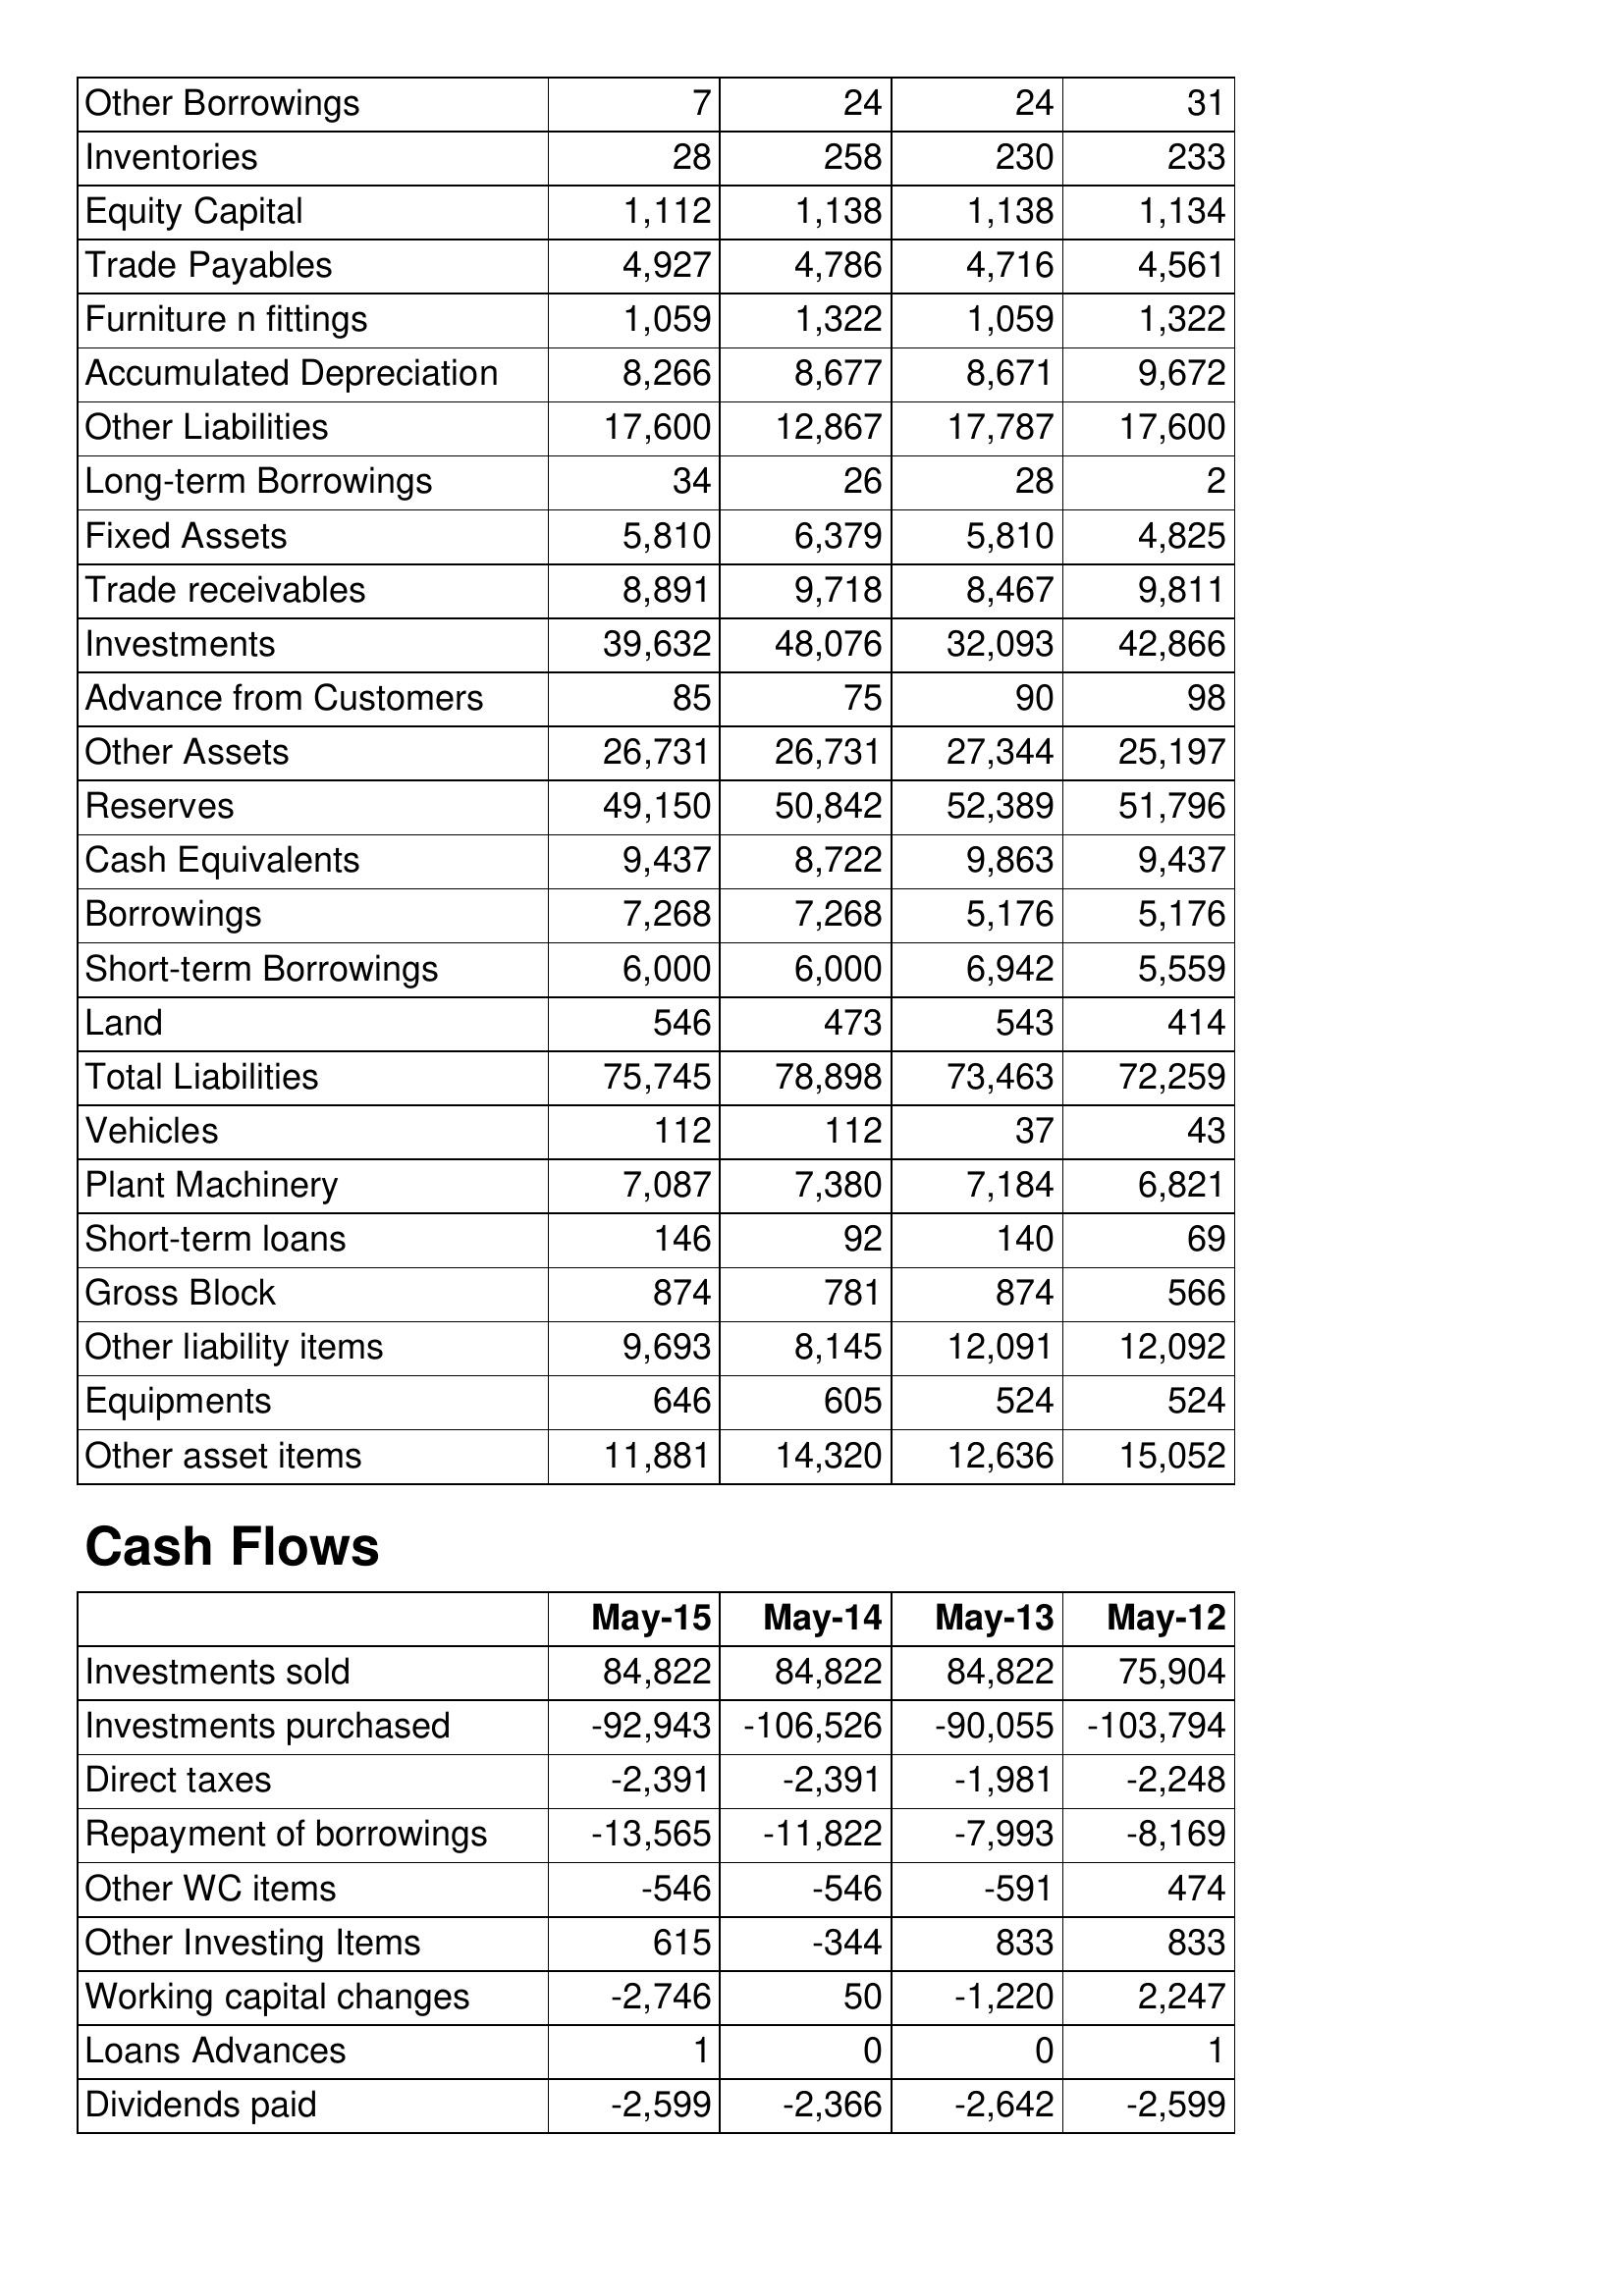
May-15: Balance Sheet: Other Borrowings: 7
Inventories: 28
Equity Capital: 1,112
Trade Payables: 4,927
Furniture n fittings: 1,059
Accumulated Depreciation: 8,266
Other Liabilities: 17,600
Long-term Borrowings: 34
Fixed Assets: 5,810
Trade receivables: 8,891
Investments: 39,632
Advance from Customers: 85
Other Assets: 26,731
Reserves: 49,150
Cash Equivalents: 9,437
Borrowings: 7,268
Short-term Borrowings: 6,000
Land: 546
Total Liabilities: 75,745
Vehicles: 112
Plant Machinery: 7,087
Short-term loans: 146
Gross Block: 874
Other liability items: 9,693
Equipments: 646
Other asset items: 11,881
Cash Flows: Investments sold: 84,822
Investments purchased: -92,943
Direct taxes: -2,391
Repayment of borrowings: -13,565
Other WC items: -546
Other Investing Items: 615
Working capital changes: -2,746
Loans Advances: 1
Dividends paid: -2,599
May-14: Balance Sheet: Other Borrowings: 24
Inventories: 258
Equity Capital: 1,138
Trade Payables: 4,786
Furniture n fittings: 1,322
Accumulated Depreciation: 8,677
Other Liabilities: 12,867
Long-term Borrowings: 26
Fixed Assets: 6,379
Trade receivables: 9,718
Investments: 48,076
Advance from Customers: 75
Other Assets: 26,731
Reserves: 50,842
Cash Equivalents: 8,722
Borrowings: 7,268
Short-term Borrowings: 6,000
Land: 473
Total Liabilities: 78,898
Vehicles: 112
Plant Machinery: 7,380
Short-term loans: 92
Gross Block: 781
Other liability items: 8,145
Equipments: 605
Other asset items: 14,320
Cash Flows: Investments sold: 84,822
Investments purchased: -106,526
Direct taxes: -2,391
Repayment of borrowings: -11,822
Other WC items: -546
Other Investing Items: -344
Working capital changes: 50
Loans Advances: 0
Dividends paid: -2,366
May-13: Balance Sheet: Other Borrowings: 24
Inventories: 230
Equity Capital: 1,138
Trade Payables: 4,716
Furniture n fittings: 1,059
Accumulated Depreciation: 8,671
Other Liabilities: 17,787
Long-term Borrowings: 28
Fixed Assets: 5,810
Trade receivables: 8,467
Investments: 32,093
Advance from Customers: 90
Other Assets: 27,344
Reserves: 52,389
Cash Equivalents: 9,863
Borrowings: 5,176
Short-term Borrowings: 6,942
Land: 543
Total Liabilities: 73,463
Vehicles: 37
Plant Machinery: 7,184
Short-term loans: 140
Gross Block: 874
Other liability items: 12,091
Equipments: 524
Other asset items: 12,636
Cash Flows: Investments sold: 84,822
Investments purchased: -90,055
Direct taxes: -1,981
Repayment of borrowings: -7,993
Other WC items: -591
Other Investing Items: 833
Working capital changes: -1,220
Loans Advances: 0
Dividends paid: -2,642
May-12: Balance Sheet: Other Borrowings: 31
Inventories: 233
Equity Capital: 1,134
Trade Payables: 4,561
Furniture n fittings: 1,322
Accumulated Depreciation: 9,672
Other Liabilities: 17,600
Long-term Borrowings: 2
Fixed Assets: 4,825
Trade receivables: 9,811
Investments: 42,866
Advance from Customers: 98
Other Assets: 25,197
Reserves: 51,796
Cash Equivalents: 9,437
Borrowings: 5,176
Short-term Borrowings: 5,559
Land: 414
Total Liabilities: 72,259
Vehicles: 43
Plant Machinery: 6,821
Short-term loans: 69
Gross Block: 566
Other liability items: 12,092
Equipments: 524
Other asset items: 15,052
Cash Flows: Investments sold: 75,904
Investments purchased: -103,794
Direct taxes: -2,248
Repayment of borrowings: -8,169
Other WC items: 474
Other Investing Items: 833
Working capital changes: 2,247
Loans Advances: 1
Dividends paid: -2,599